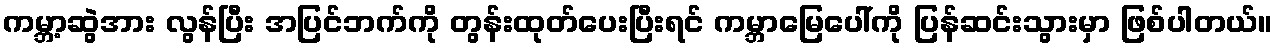
ကမ္ဘာ့ဆွဲအား လွန်ပြီး အပြင်ဘက်ကို တွန်းထုတ်ပေးပြီးရင် ကမ္ဘာမြေပေါ်ကို ပြန်ဆင်းသွားမှာ ဖြစ်ပါတယ်။